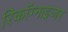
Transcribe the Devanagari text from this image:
रिकॉग्नाइजर